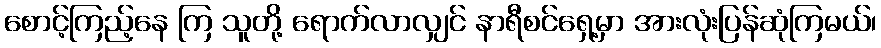
စောင့်ကြည့်နေ ကြ သူတို့ ရောက်လာလျှင် နာရီစင်ရှေ့မှာ အားလုံးပြန်ဆုံကြမယ်၊